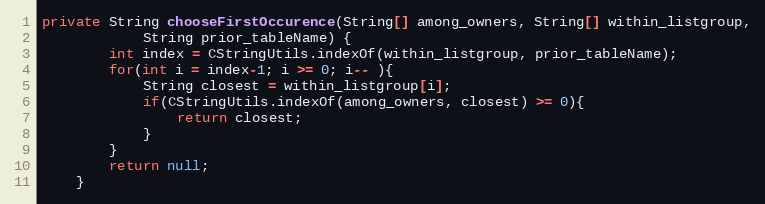
Language: Java
private String chooseFirstOccurence(String[] among_owners, String[] within_listgroup,
			String prior_tableName) {
		int index = CStringUtils.indexOf(within_listgroup, prior_tableName);
		for(int i = index-1; i >= 0; i-- ){
			String closest = within_listgroup[i];
			if(CStringUtils.indexOf(among_owners, closest) >= 0){
				return closest;
			}
		}
		return null;
	}